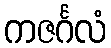
ကဇင်္ဂလံ